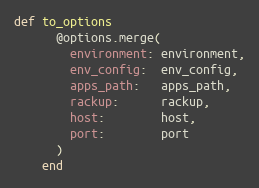
Language: Ruby
def to_options
      @options.merge(
        environment: environment,
        env_config:  env_config,
        apps_path:   apps_path,
        rackup:      rackup,
        host:        host,
        port:        port
      )
    end